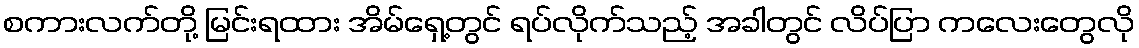
စကားလက်တို့ မြင်းရထား အိမ်ရှေ့တွင် ရပ်လိုက်သည့် အခါတွင် လိပ်ပြာ ကလေးတွေလို